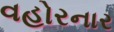
વહોરનાર